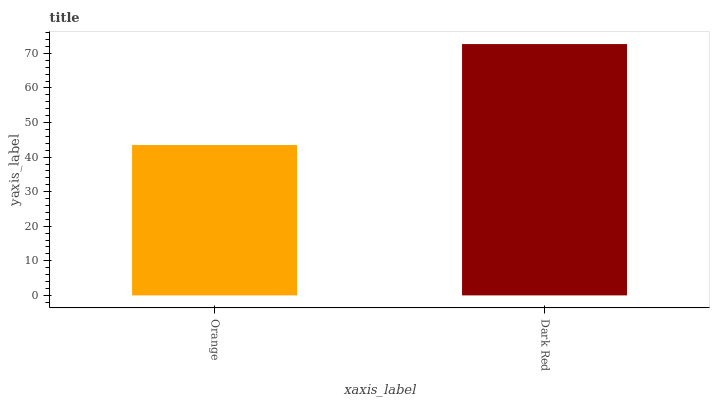
| xaxis_label | bars |
 | --- | --- |
 | Orange | 43.5 |
 | Dark Red | 72.7 |